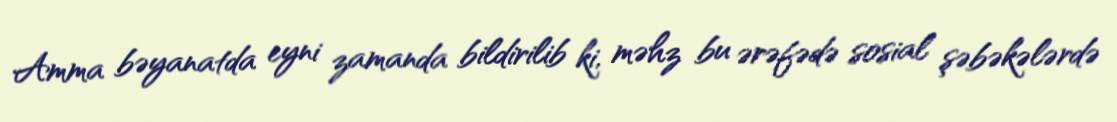
Amma bəyanatda eyni zamanda bildirilib ki, məhz bu ərəfədə sosial şəbəkələrdə